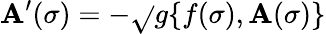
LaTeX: \mathbf{A}^{\prime}(\sigma)=-\sqrt{}{{g}}\{ f(\sigma),\mathbf{A}(\sigma)\}